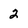
Character: 2